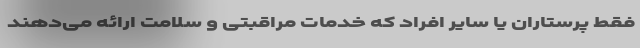
فقط پرستاران یا سایر افراد که خدمات مراقبتی و سلامت ارائه می‌دهند